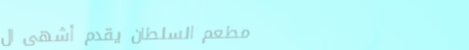
مطعم السلطان يقدم أشهى ال